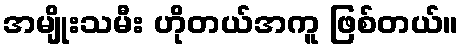
အမျိုးသမီး ဟိုတယ်အကူ ဖြစ်တယ်။